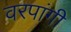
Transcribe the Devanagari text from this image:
वरपांगी